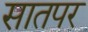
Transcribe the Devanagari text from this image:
सातपर